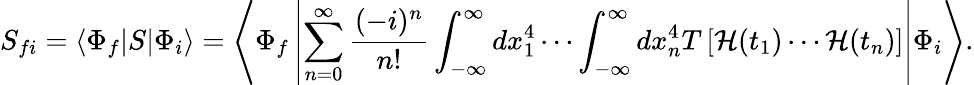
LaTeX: S_{fi}=\left\langle\Phi_{f}|S|\Phi_{i}\right\rangle=\left\langle\Phi_{f}\left|\sum_{n=0}^{\infty}{\frac{(-i)^{n}}{n!}}\int_{-\infty}^{\infty}dx_{1}^{4}\cdots\int_{-\infty}^{\infty}dx_{n}^{4}T\left[{\mathcal{H}}(t_{1})\cdots{\mathcal{H}}(t_{n})\right]\right|\Phi_{i}\right\rangle.